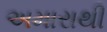
અમારાથી